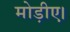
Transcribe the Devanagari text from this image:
मोड़ीए।